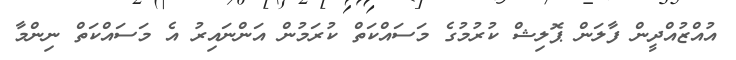
އުއްޒުއްދީން ފާލަން ޕޮލިޝް ކުރުމުގެ މަސައްކަތް ކުރަމުން އަންނައިރު އެ މަސައްކަތް ނިންމާ